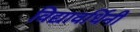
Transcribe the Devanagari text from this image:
विद्यावर्धिनी